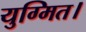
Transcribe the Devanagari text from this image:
युग्मित।